On the morphology, teratology, and diclinism of the flowers of cannabis - Number 12
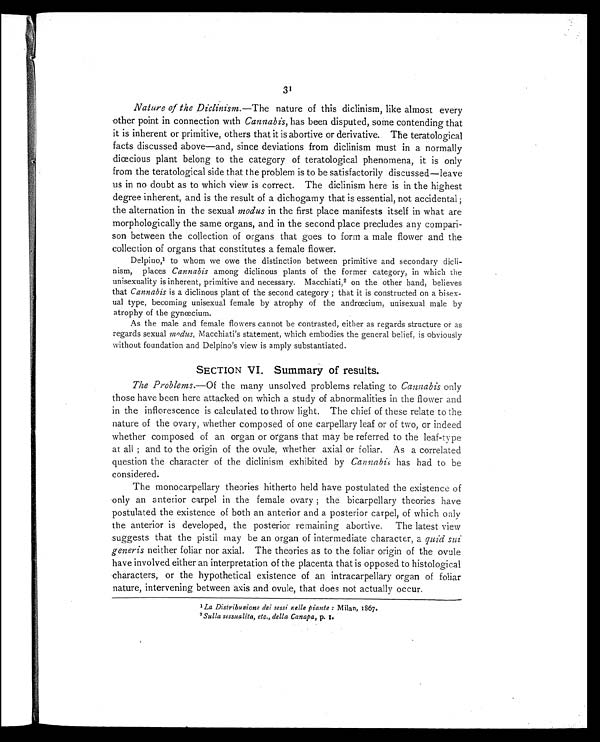
31
Nature of the Diclinism. —The nature of this diclinism, like almost every
other point in connection with Cannabis, has been disputed, some contending that
it is inherent or primitive, others that it is abortive or derivative. The teratological
facts discussed above—and, since deviations from diclinism must in a normally
diœcious plant belong to the category of teratological phenomena, it is only
from the teratological side that the problem is to be satisfactorily discussed—leave
us in no doubt as to which view is correct. The diclinism here is in the highest
degree inherent, and is the result of a dichogamy that is essential, not accidental ;
the alternation in the sexual modus in the first place manifests itself in what are
morphologically the same organs, and in the second place precludes any compari-
son between the collection of organs that goes to form a male flower and the
collection of organs that constitutes a female flower.
Delpino,1 to whom we owe the distinction between primitive and secondary dicli-
nism, places Cannabis among diclinous plants of the former category, in which the
unisexuality is inherent, primitive and necessary. Macchiati, 2 on the other hand, believes
that Cannabis is a diclinous plant of the second category ; that it is constructed on a bisex-
ual type, becoming unisexual female by atrophy of the andrœcium, unisexual male by
atrophy of the gynœcium.
As the male and female flowers cannot be contrasted, either as regards structure or as
regards sexual modus, Macchiati's statement, which embodies the general belief, is obviously
without foundation and Delpino's view is amply substantiated.
SECTION VI. Summary of results.
The Problems.—Of the many unsolved problems relating to Cannabis only
those have been here attacked on which a study of abnormalities in the flower and
in the inflorescence is calculated to throw light. The chief of these relate to the
nature of the ovary, whether composed of one carpellary leaf or of two, or indeed
whether composed of an organ or organs that may be referred to the leaf-type
at all ; and to the origin of the ovule, whether axial or foliar. As a correlated
question the character of the diclinism exhibited by Cannabis has had to be
considered.
The monocarpellary theories hitherto held have postulated the existence of
only an anterior carpel in the female ovary ; the bicarpellary theories have
postulated the existence of both an anterior and a posterior carpel, of which only
the anterior is developed, the posterior remaining abortive. The latest view
suggests that the pistil may be an organ of intermediate character, a quid sui
generis neither foliar nor axial. The theories as to the foliar origin of the ovule
have involved either an interpretation of the placenta that is opposed to histological
characters, or the hypothetical existence of an intracarpellary organ of foliar
nature, intervening between axis and ovule, that does not actually occur.
1 La Distribusione dei sessi nelle piante : Milan, 1867.
2 Sulla sessualita, etc., della Canapa, p. 1.